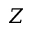
Z